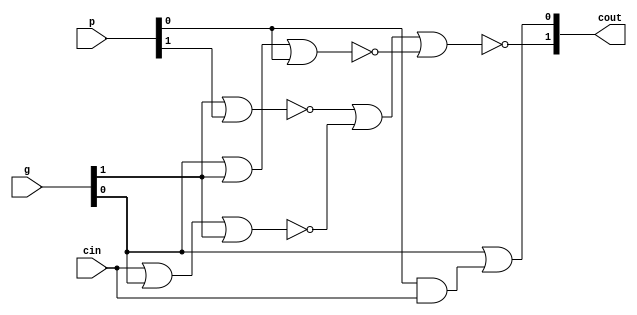
`timescale 1ns/100ps

module cgu(g, p, cin, cout);

	input [1:0] g, p;
	input cin;
	output [1:0] cout;
	
	assign cout[0] = g[0] | (p[0] & cin);
	
	wire x, y, z;
	nor n1(x, g[1], p[1]);
	nor n2(y, cin, g[0], g[1]);
	nor n3(z, g[0], g[1], p[0]);
	nor n4(cout[1], x, y, z);
	
endmodule